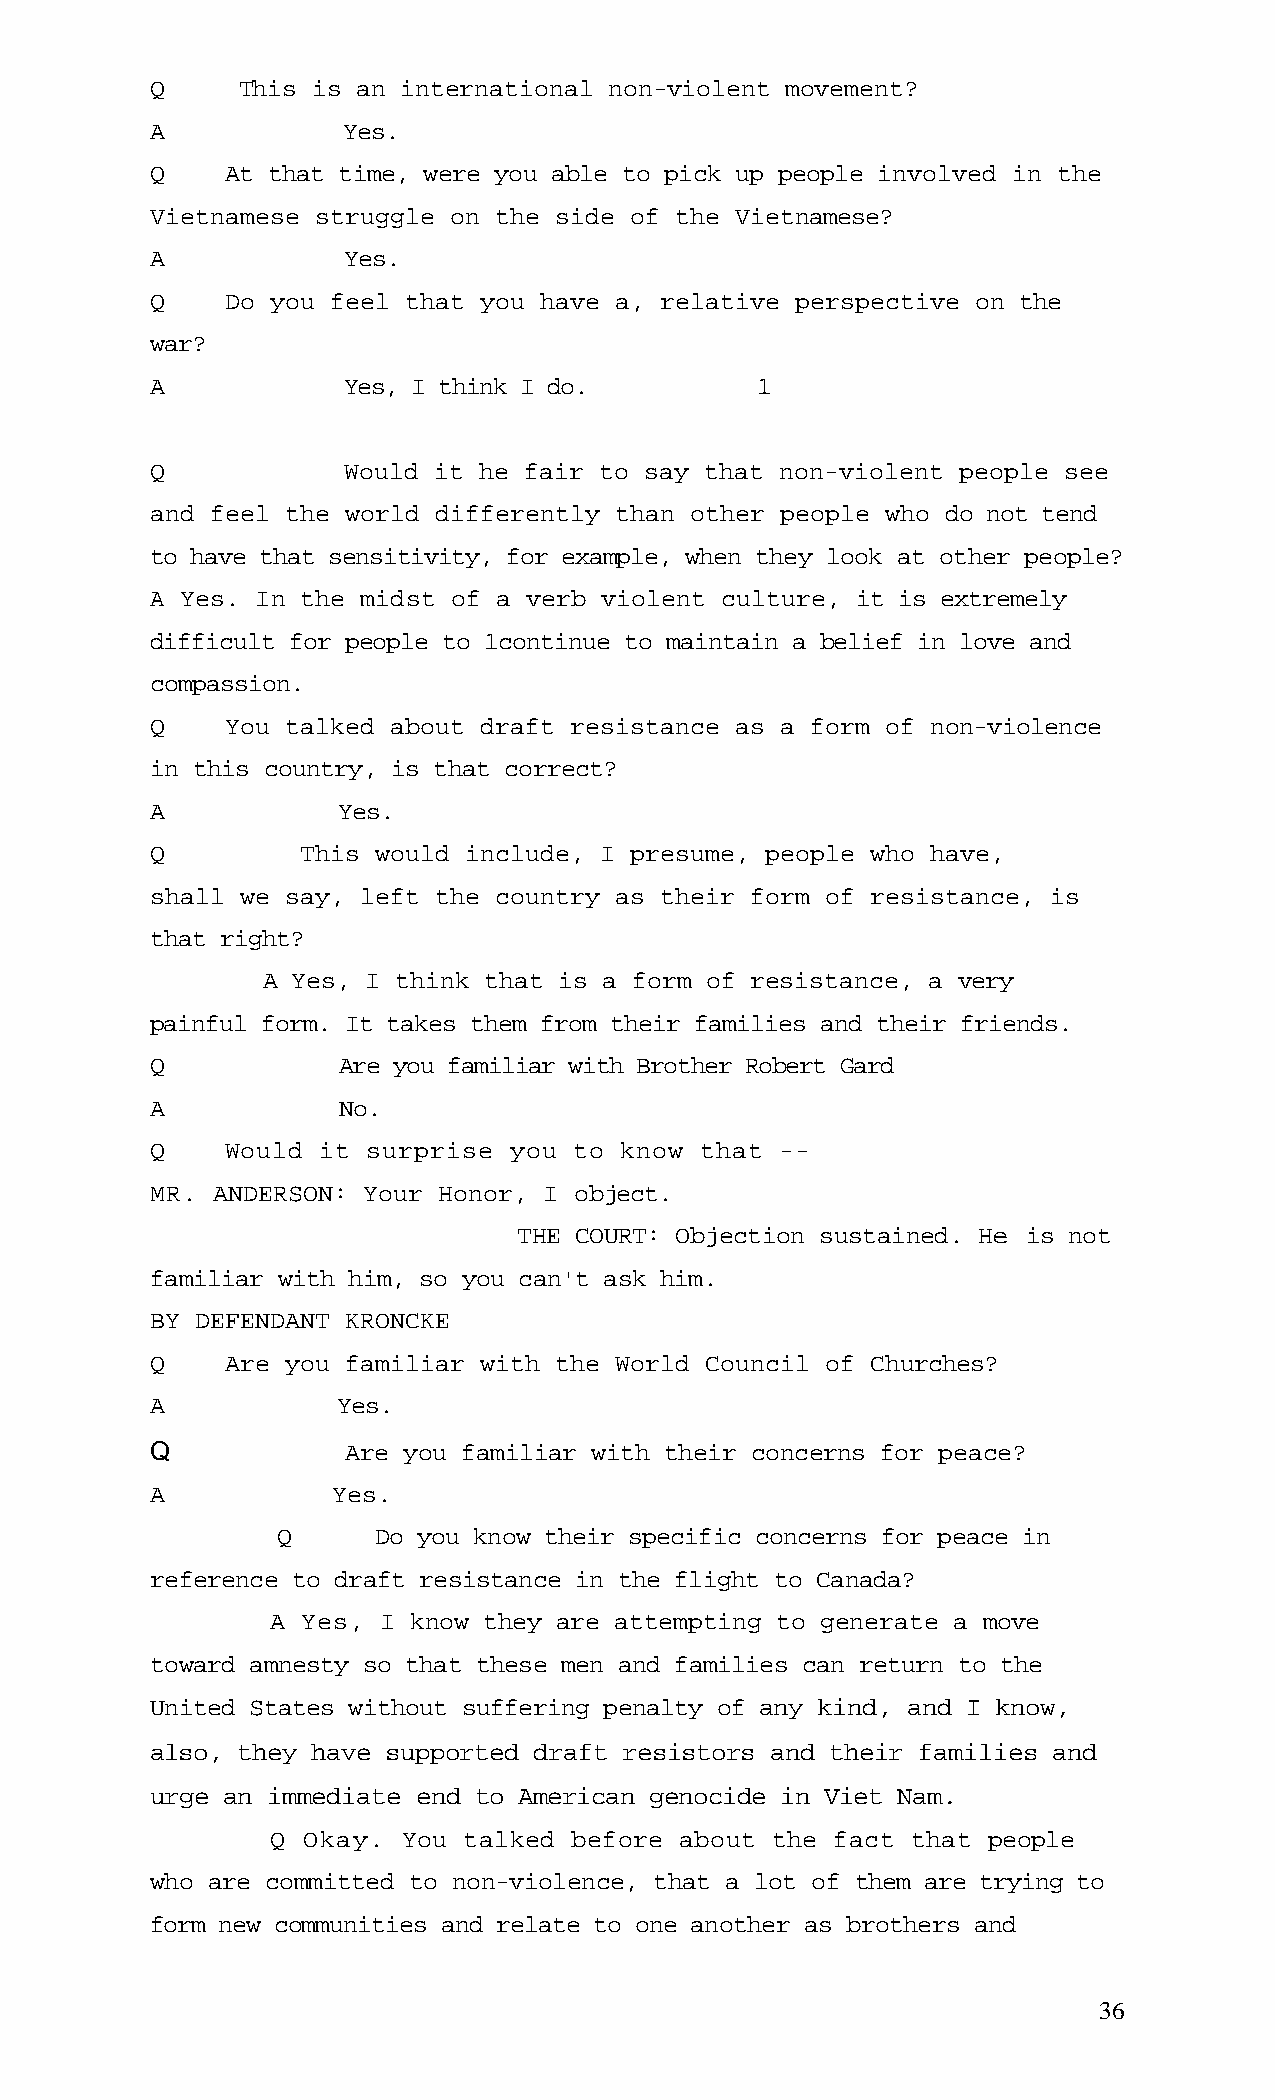
Q     This is an international non-violent movement?
 A            Yes.
 Q    At that time, were you able to pick up people involved in the
 Vietnamese struggle on the side of the Vietnamese?
 A            Yes.
 Q    Do you feel that you have a, relative perspective on the
 war?
 A            Yes, I think I do.         .1
 Q            Would it he fair to say that non-violent people see
 and feel the world differently than other people who do not tend
 to have that sensitivity, for example, when they look at other people?
 A Yes. In the midst of a verb violent culture, it is extremely
 difficult for people to 1continue to maintain a belief in love and
 compassion.
 Q    You talked about draft resistance as a form of non-violence
 in this country, is that correct?
 A           Yes.
 Q         This would include, I presume, people who have,
 shall we say, left the country as their form of resistance, is
 that right?
 A Yes, I think that is a form of resistance, a very
 painful form. It takes them from their families and their friends.
 Q           Are you familiar with Brother Robert Gard
 A           No.
 Q    Would it surprise  you to know that  --
 MR. ANDERSON: Your Honor, I object.
 THE COURT: Objection sustained. He is not
 familiar with him, so you can't ask him.
 BY DEFENDANT KRONCKE
 Q    Are you familiar with the World Council of Churches?
 A           Yes.
 Q            Are you familiar with their concerns for peace?
 A           Yes.
 Q      Do you know their specific concerns for peace in
 reference to draft resistance in the flight to Canada?
 A Yes, I know they are attempting to generate a move
 toward amnesty so that these men and families can return to the
 United States without suffering penalty of any kind, and I know,
 also, they have supported draft resistors and their families and
 urge an immediate end to American genocide in Viet Nam.
 Q Okay.  You talked before about the fact that people
 who are committed to non-violence, that a lot of them are trying to
 form new communities and relate to one another as brothers and
 36